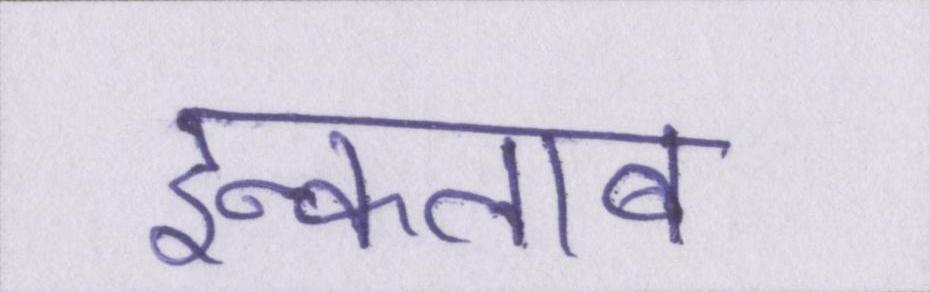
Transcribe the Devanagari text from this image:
इन्कलाब